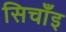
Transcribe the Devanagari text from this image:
सिचाँइ